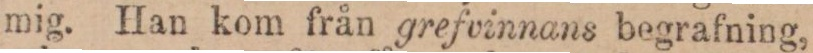
mig. Han kom från grefvinnans begrafning,